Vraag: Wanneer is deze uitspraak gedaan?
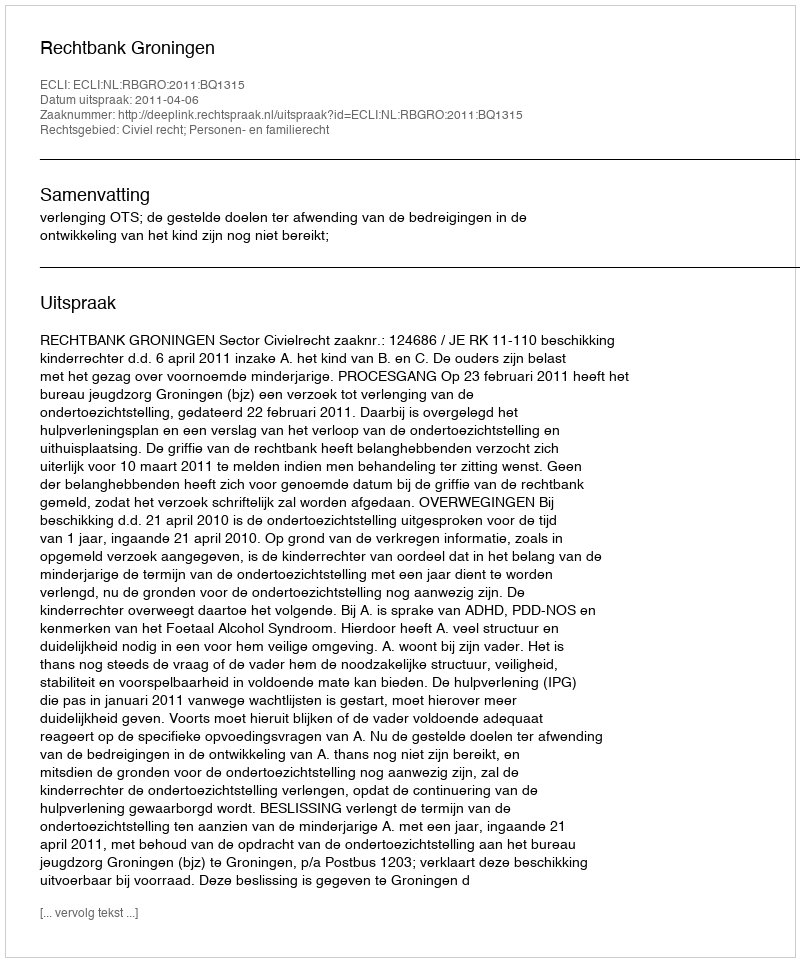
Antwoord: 2011-04-06